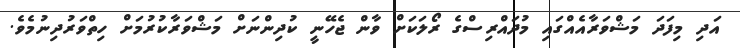
އަދި މިފަދަ މަޝްވަރާއެއްގައި މުދައްރިސްގެ ރޯލަކަށް ވާން ޖެހޭނީ ކުދިންނަށް މަޝްވަރާކުރުމަށް ހިތްވަރުދިނުމެވެ.